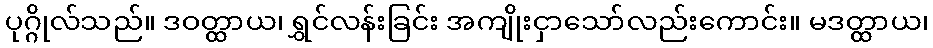
ပုဂ္ဂိုလ်သည်။ ဒဝတ္ထာယ၊ ရွှင်လန်းခြင်း အကျိုးငှာသော်လည်းကောင်း။ မဒတ္ထာယ၊